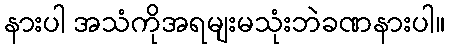
နားပါ အသံကိုအရမျးမသုံးဘဲခဏနားပါ။